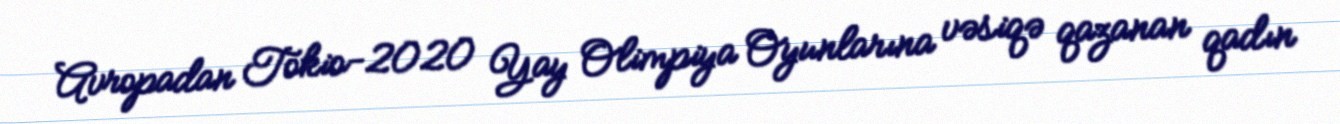
Avropadan Tokio-2020 Yay Olimpiya Oyunlarına vəsiqə qazanan qadın